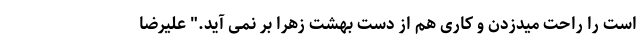
است را راحت میدزدن و کاری هم از دست بهشت زهرا بر نمی آید." علیرضا